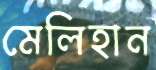
মেলিহান